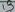
Text: 13